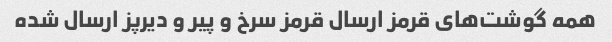
همه گوشت‌های قرمز ارسال قرمز سرخ و پیر و دیرپز ارسال شده